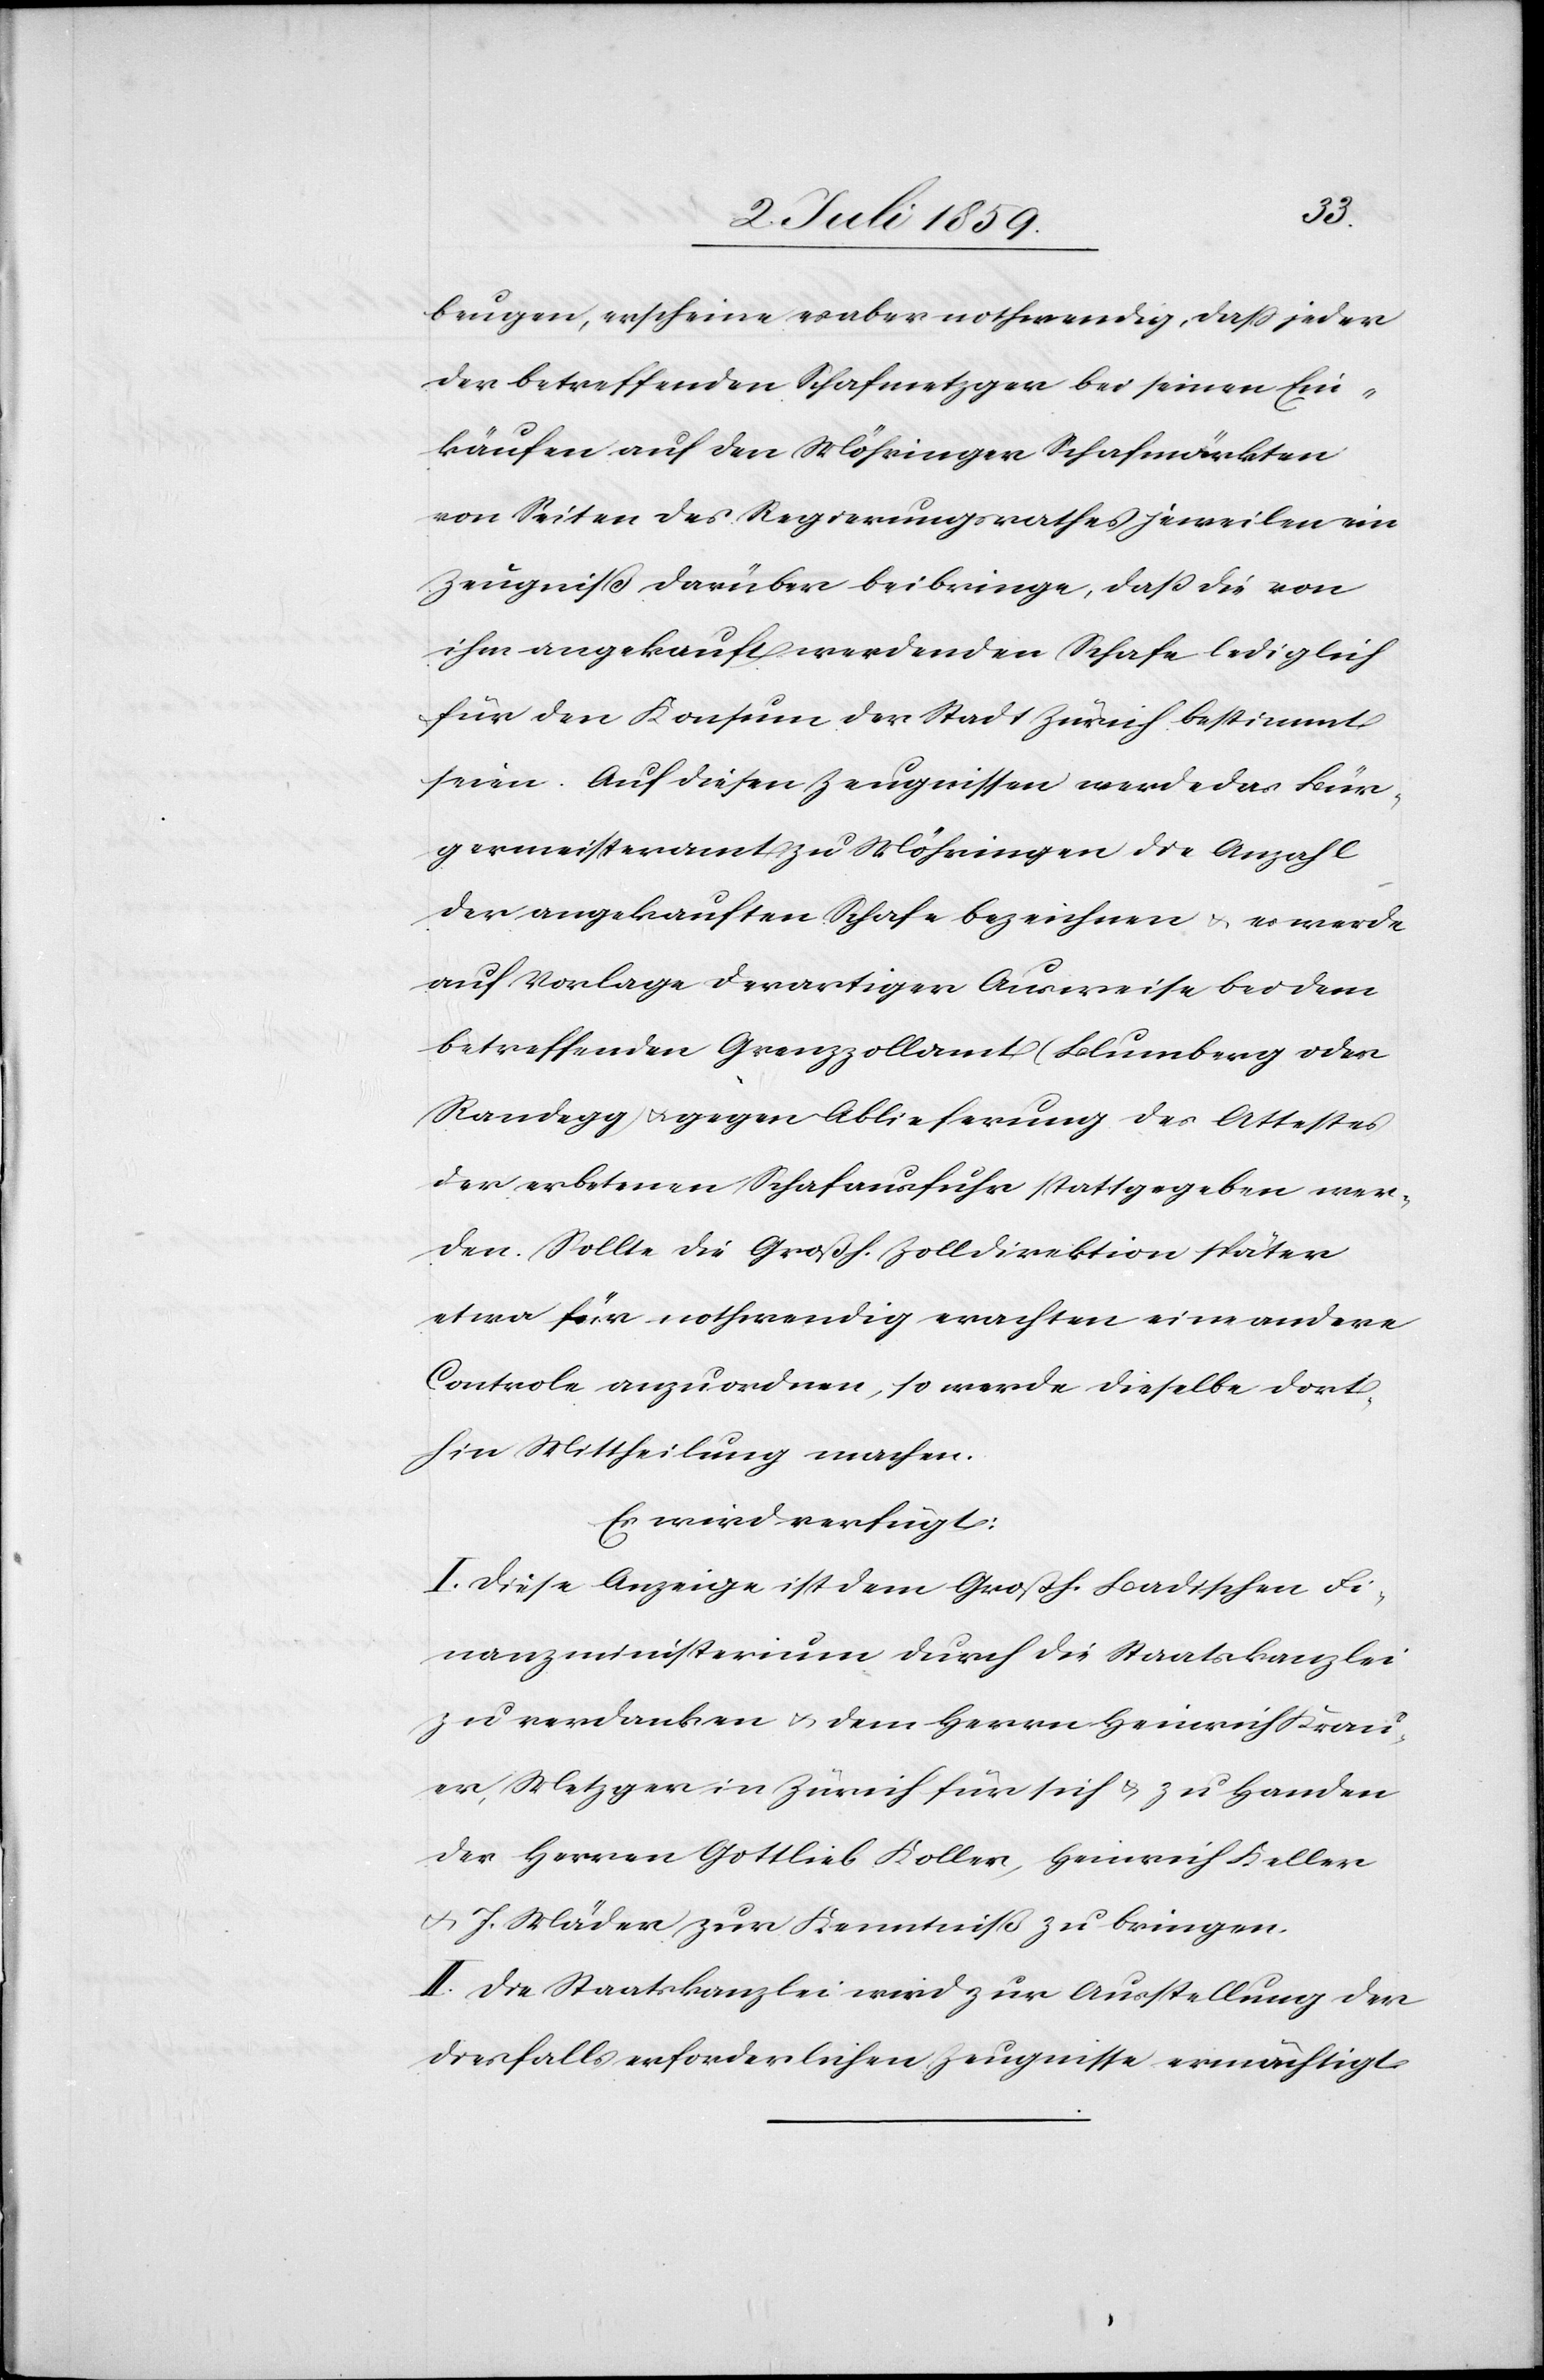
beugen, erscheine es aber nothwendig, daß jeder
der betreffenden Schafmetzger bei seinen Ein¬
käufen auf den Währinger Schafmärkten
von Seiten des Regierungsrathes jeweilen ein
Zeugniß darüber beibringe, daß die von
ihm angekauft werdenden Schafe lediglich
für den Konsum der Stadt Zürich bestimmt
seien. Auf diesen Zeugnissen werde das Bür¬
germeisteramt zu Möhringen die Anzahl
der angekauften Schafe bezeichnen u. es werde
auf Vorlage derartiger Ausweise bei dem
betreffenden Grenzzollamt Blumberg oder
Randegg u. gegen Ablieferung des Attestes
der erbetenen Schafausfuhr stattgegeben wer¬
den. Sollte die Großh. Zolldirektion später
etwa für nothwendig erachten eine andere
Controle anzuordnen, so werde dieselbe dort¬
hin Mittheilung machen.
Es wird verfügt:
I. Diese Anzeige ist dem Großh. Badischen Fi¬
nanzministerium durch die Staatskanzlei
zu verdanken u. dem Herrn Heinrich Krau¬
er, Metzger in Zürich für sich u. zu Handen
der Herren Gottlieb Koller, Heinrich Keller
u. J. Mäder zur Kenntniß zu bringen.
II. Die Staatskanzlei wird zur Ausstellung der
diesfalls erforderlichen Zeugnisse ermächtigt.